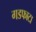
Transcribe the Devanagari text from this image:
गडफाटा